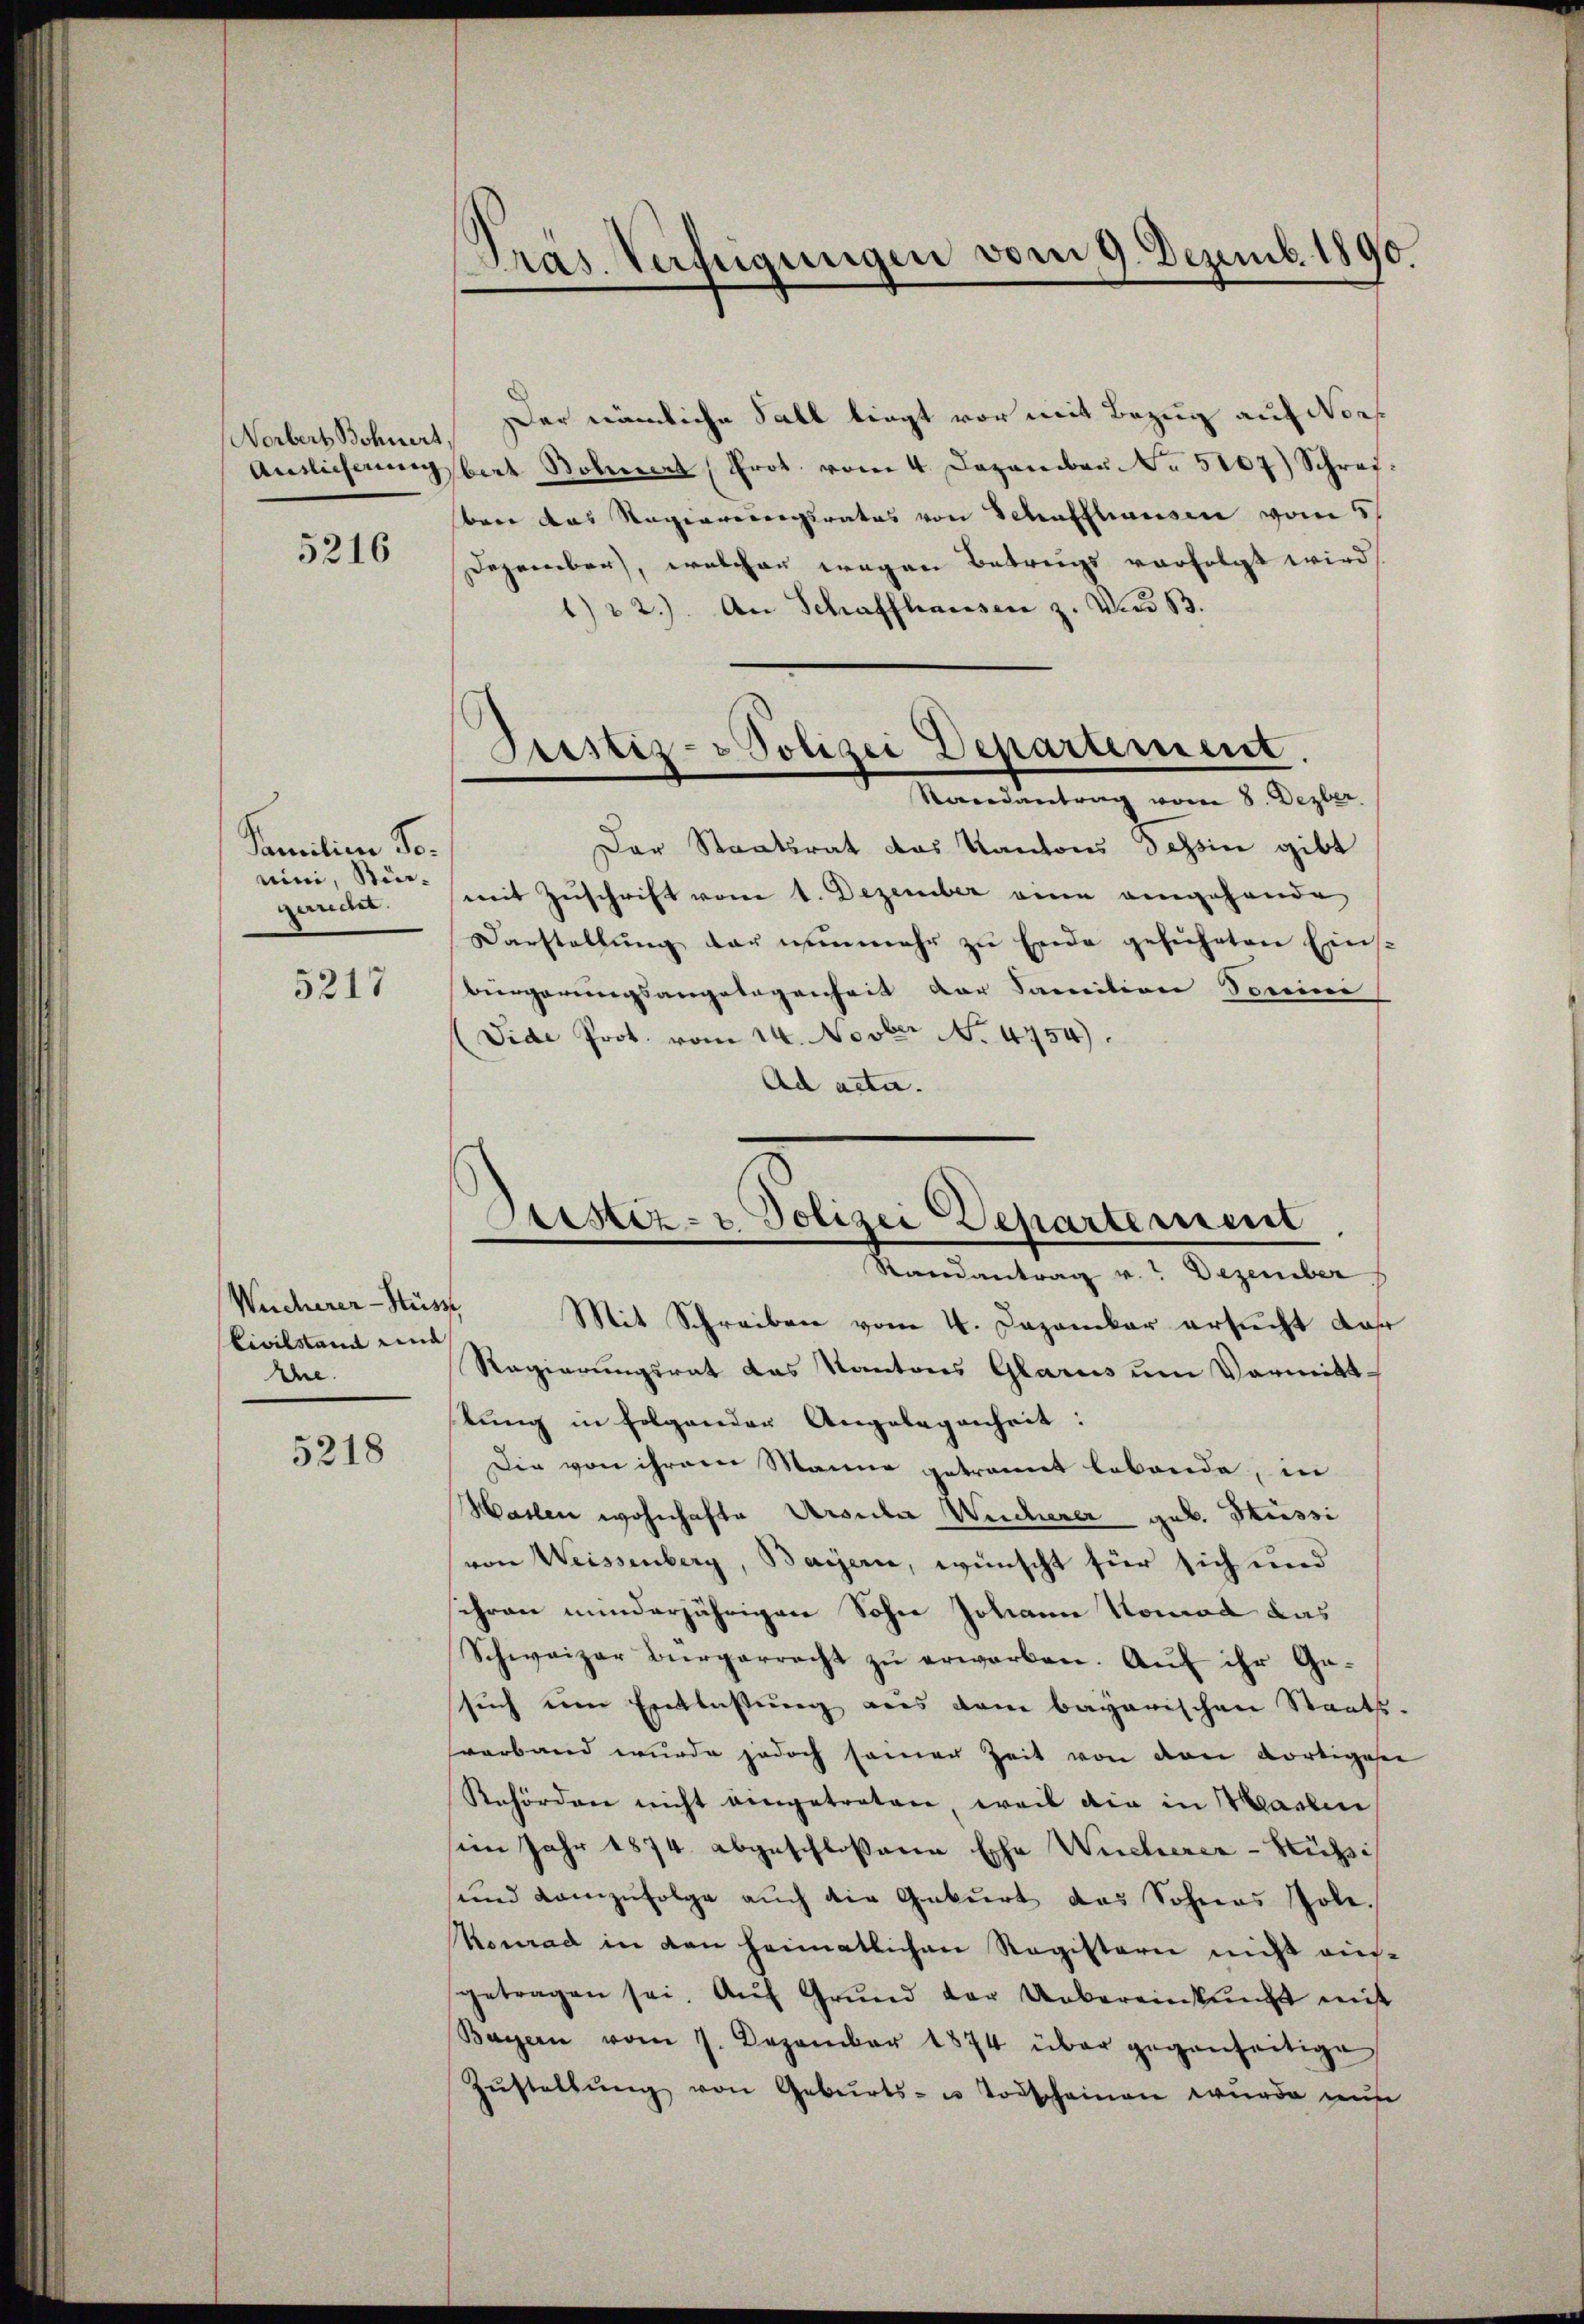
Norbert Bohnert,

5216

Familien Tonini, Sti-
gurde.

5217

Wucherer-Hüsz
Civilstand und
the.

5218

Präs. Verfügungen vom 9. Dezemb. 1890.

Justiz- & Polizei Departement.
Randantrag vom 8. Dezber

Sistiz- & Polizei Departement
Randantrag v. Dezember

Der nämliche Fall liegt vor mit Bezug auf Norf
Auslieferŭngsbert Bohnert Prot. vom 4. Dezember N. 5107) Schreibare das Regierungsrates von Schaffhausen vom 5.
Dezember, welchen wegen Betrags vorfolgt wird,
1) 2). An Schaffhausen z. No 13.
Der Staatsrat das Kantons Tessin gibt
mit Zuschrift vom 1. Dezember eine angehande
Darstellŭng der nunmehr zu Ende geführten Eins
bürgerungsangelegenheit der Sanition domice
Vide Prot. vom 14. Novber N. 4754).
Ad acta.
Mit Schreiben vom 4. Dezember ersucht dah
Regierungsrat das Kantons Glarus um Vormitt-
tung in Folgender Angelegenheit:
Die von ihrem Manne getrannt lebende, in
Haslen wohnhafte Ursula Wucherer geb. Hüssi
von Weissenberg, Bayerne, wünscht für sich und
schran minderjährigen Sohn Johann Nomad das
Schweizer Bürgerrecht zu erworben. Auf ihr Ge-
such um Entlassung aus dem bayerischen Staats-
varband wurde jedoch seiner Zeit von den dortigese
Rehörden nicht eingetreten, weil die in Marlin
sien Jahr 1874 abgeschloßene Echa Wucherer-Hüssi
und kam zŭfolge aŭch die Geburt das Sohnes Pole.
Konrad in den heimatlichen Registern nicht aufgetragen sei. Aŭf Grŭnd der Uebereinkunft mit
Bayern vom 7. Dezember 1874 über gegenseitige
Zŭstellŭng von Geburts- u Todscheinen wurde aus